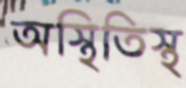
অস্থিতিস্থ